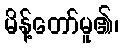
မိန့်တော်မူ၏၊